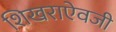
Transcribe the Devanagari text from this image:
शिखराऐवजी